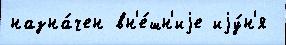
назна́чен вн'е́шн'иjе иjу́н'я